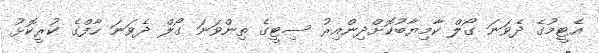
އެޓީމުގެ ދެވަނަ ގޯލް ކާމިޔާބުކޮށްދިންއިރު ސިޓީގެ ތިންވަނަ ގޯލް ދެވަނަ ހާފްގެ ކުރީކޮޅު